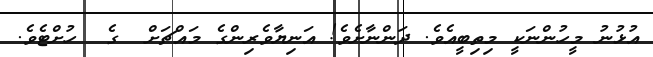
އުޅުނު މީހުންނަކީ މިތިބީއެވެ. ދަންނާށެވެ! އަނިޔާވެރިންގެ މައްޗަށް  ގެ  ހުށްޓެވެ.